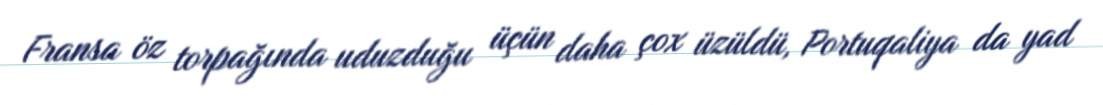
Fransa öz torpağında uduzduğu üçün daha çox üzüldü, Portuqaliya da yad